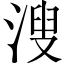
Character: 溲